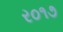
ર૦૧૭